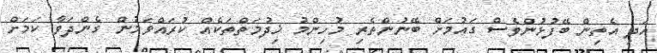
އަދި އެތިން ބޭފުޅުންވެސް ގައުމަށް ބޭނުންތެރި މުހިންމު ޚިދުމަތްތަކެއް ކުރައްވަމުން ގެންދަވާ ކަމަށް